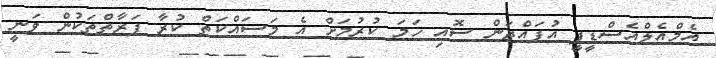
އެމްއެލްއެސްޑީޕީ އުފައްދަން ސޮއި ހަމަ ކުރުމަށް އެ މަސައްކަތް ކުރާ ފަރާތްތަކުން ވަނީ